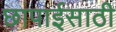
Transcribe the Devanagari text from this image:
छापाईसाठी